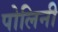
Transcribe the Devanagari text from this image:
पोलिनी